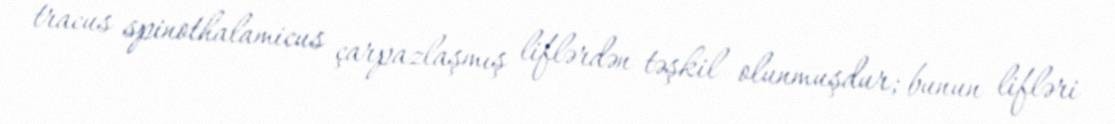
tracus spinothalamicus çarpazlaşmış liflərdən təşkil olunmuşdur; bunun lifləri